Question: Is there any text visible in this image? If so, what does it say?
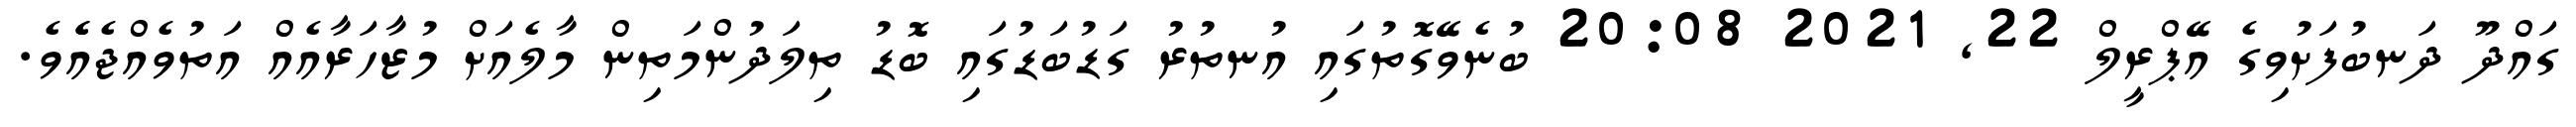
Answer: ގައްދޫ ދަނބުފަށުވިގެ އޭޕްރީލް 22, 2021 20:08 ބުނެވޭގޮތުގައި އުނތުރު ގަޑުބަޑުގައި ބޮޑު ތިލަދުންމަތިން މާލެއަށް މުޒާހަރާއެއް އަތުވެއްޖެއެެވެ.